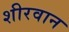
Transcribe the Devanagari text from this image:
शीरवान